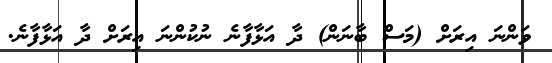
ވަންނަ އިރަށް (މަސް ބާނަން) ދާ އަޅާފާނެ ނުކުންނަ އިރަށް ދާ އަޅާފާނެ.